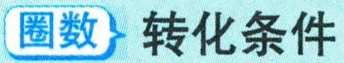
圈数→转化条件